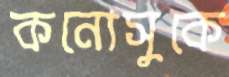
কনোসুকে